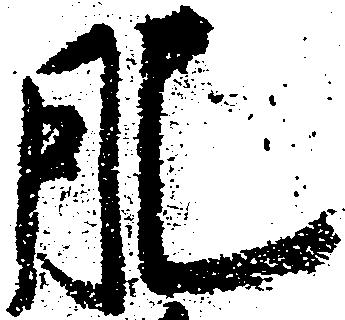
肥